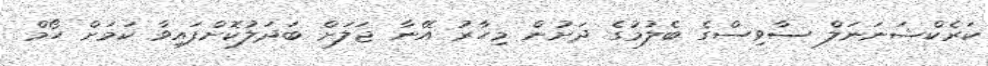
ކަރެކްޝަނަނަލް ސާވިސްގެ ބެލުމުގެ ދަށުން މިހާރު އޭނާ ޖަލަށް ބަދަލުކޮށްފައިވާ ކަމަށް ހޯމް